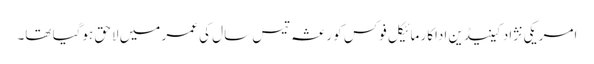
امریکی نژاد کینیڈین اداکار مائیکل فوکس کو رعشہ تیس سال کی عمر میں لاحق ہوگیا تھا۔